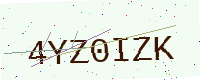
Text: 4YZ0IZK